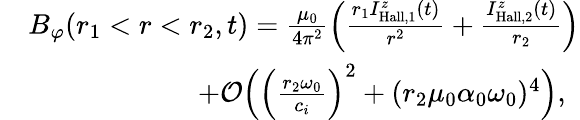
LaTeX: \begin{array}{rl}&{B_{\varphi}(r_{1}<r<r_{2},t)=\frac{\mu_{0}}{4\pi^{2}}\Big(\frac{r_{1}I_{\mathrm{Hall},1}^{z}(t)}{r^{2}}+\frac{I_{\mathrm{Hall},2}^{z}(t)}{r_{2}}\Big)}\\ &{\qquad\qquad\qquad+\mathcal{O}\Big(\Big(\frac{r_{2}\omega_{0}}{c_{i}}\Big)^{2}+(r_{2}\mu_{0}\alpha_{0}\omega_{0})^{4}\Big),}\end{array}